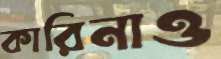
কারিনাও